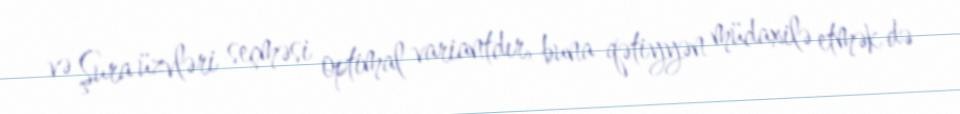
və Şura üzvləri seçməsi optimal variantdır, buna qətiyyən müdaxilə etmək də